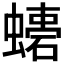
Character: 𧑠